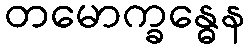
တမောက္ခန္ဓေန